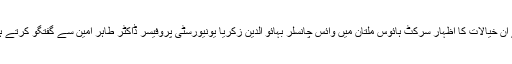
انہوں نے ان خیالات کا اظہار سرکٹ ہائوس ملتان میں وائس چانسلر بہائو الدین زکریا یونیورسٹی پروفیسر ڈاکٹر طاہر امین سے گفتگو کرتے ہوئے کیا۔